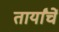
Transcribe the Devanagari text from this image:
तार्यांचें